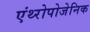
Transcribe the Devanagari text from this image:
एंथ्‍रोपोजेनिक